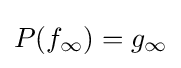
P(f_{\infty })=g_{\infty }